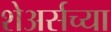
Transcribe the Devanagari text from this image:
शेअर्सच्या